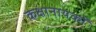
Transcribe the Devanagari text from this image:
कक्षानायकों